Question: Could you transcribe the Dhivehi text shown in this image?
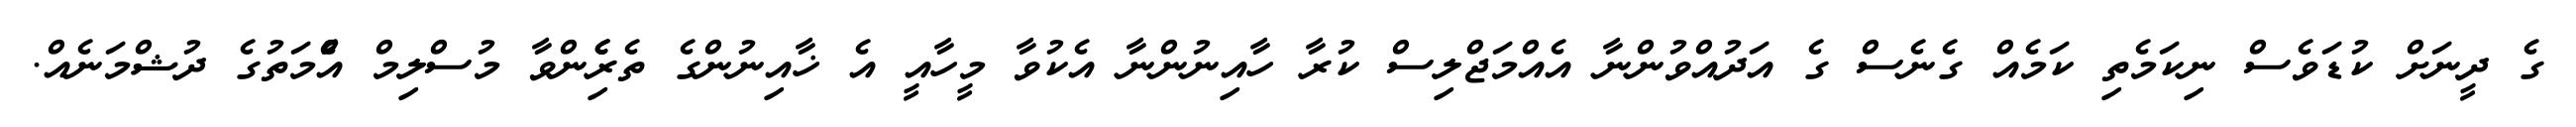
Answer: ގެ ދީނަށް ކުޑަވެސް ނިކަމެތި ކަމެއް ގެނެސް ގެ އަދުއްވުންނާ އެއްމަޖްލިސް ކުރާ ހާއިނުންނާ އެކުވާ މީހާއީ އެ ޚާއިނުންގެ ތެރެެިންވާ މުސްލިމް އުެްމަތުގެ ދުޝްމަނެއް.